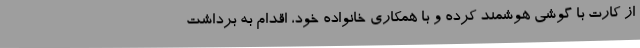
از کارت با گوشی هوشمند کرده و با همکاری خانواده خود، اقدام به برداشت